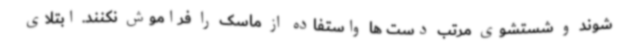
شوند و شستشوی مرتب دست ها واستفاده از ماسک را فراموش نکنند. ابتلای